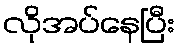
လိုအပ်နေပြီး